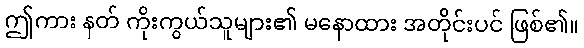
ဤကား နတ် ကိုးကွယ်သူများ၏ မနောထား အတိုင်းပင် ဖြစ်၏။